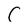
Character: C